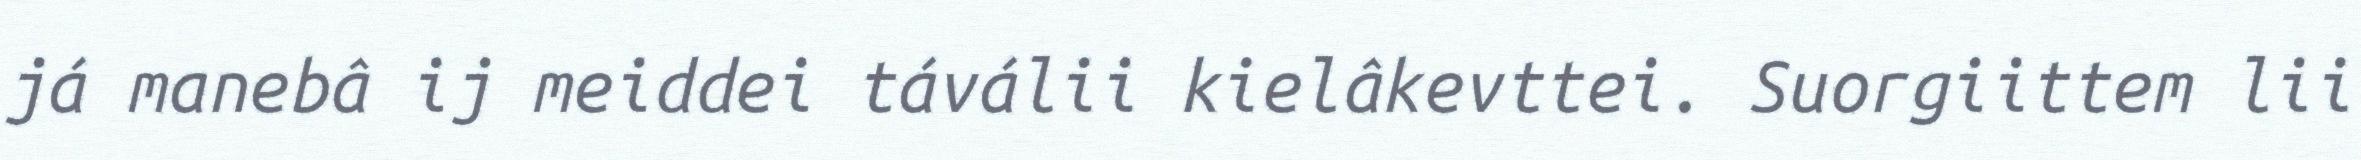
já manebâ ij meiddei táválii kielâkevttei. Suorgiittem lii